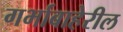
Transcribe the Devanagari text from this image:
गर्भाबाहेरील